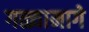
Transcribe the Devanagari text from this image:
गळ्यामागे